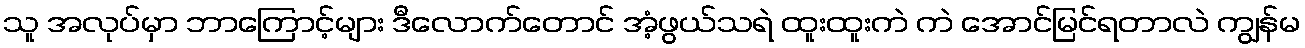
သူ အလုပ်မှာ ဘာကြောင့်များ ဒီလောက်တောင် အံ့ဖွယ်သရဲ ထူးထူးကဲ ကဲ အောင်မြင်ရတာလဲ ကျွန်မ